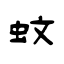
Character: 蚊